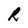
Character: R